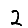
Digit: 2